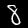
Label: 8